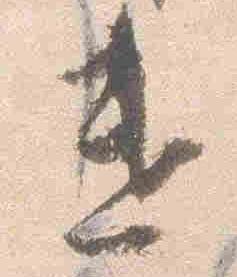
遣